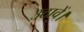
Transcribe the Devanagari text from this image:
उठावें।